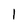
Character: 1